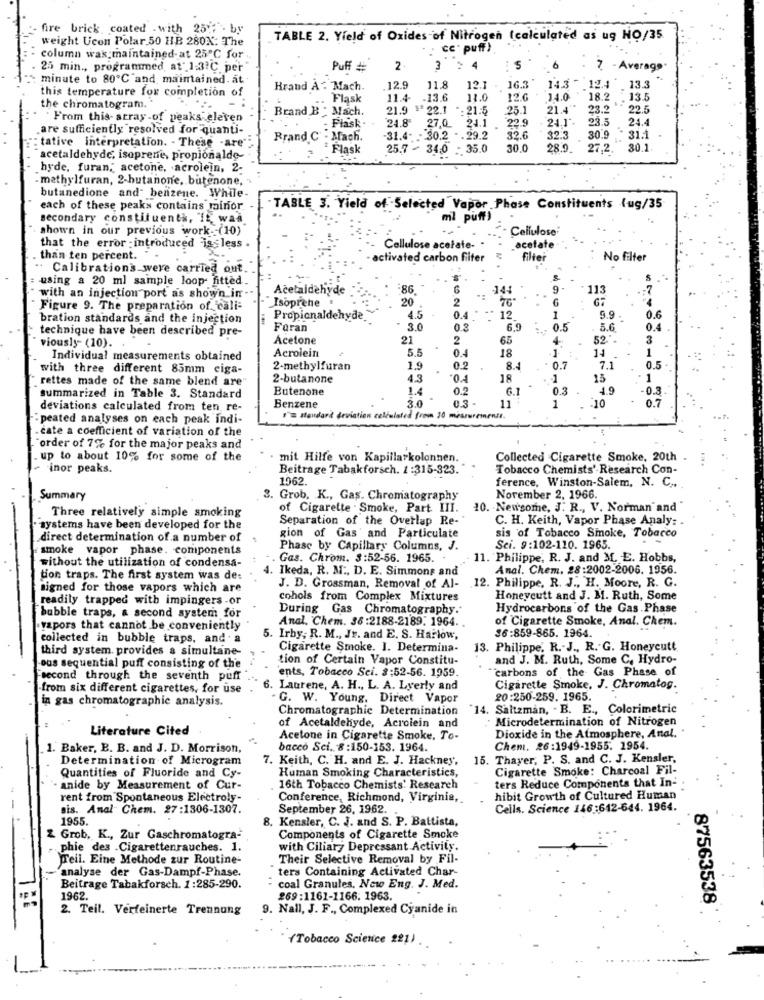
fire brick, coated . with 2517 - by
weight Ucon Polar 50 HB 280X: The
TABLE 2. Yield of Oxides of Nitrogen (calculated as ug NO/35
cc . puff}
column was maintained-at 25℃ for
25 min ., programmed, at' 13?C per
Puff #
2.
3
6
- Average
minute to 80℃ and maintained. at
14.3 -
this temperature for completion of
Brand A : Mach.
12.9
11.8
12.1
16.3
12.4
13.3
. Flask
11.4
-13.6
11.0
12.0
14.0
18.2
13.5
the chromatogram.
Brand B - Mach.
21.9
21.9 ** 22.1
22.1
*- 21:5
25.1
21.4"*
23.2
22.5
From this- array of peaks eleven
- Flask .
$24.8
24.1
22.9
24.1".
23.5
24.4
are sufficiently resolved for quanti-
27,0
Brand C - Mach.
31.4.
30.2 .25
32
32:3
32.3 30.9
30.9
31.1
: tative interpretation. - These -are"
Flask
25.7 ~ 34:0 - 35.0
30.0
28.9.
27.2.
30.1.
acetaldehyde, isoprene, propionalde-
hyde, furan, acetone, acrolejn, 2-
- methylfuran, 2-butanone, butenone,
butanedione and benzene. While-
each of these peaks contains minor.
TABLE 3. Yield of Selected Vapor Phase Constituents {ug/35
secondary constituenth, IE was
ml puff)
shown in our previous work -- (10)
Cellulose
that the error -introduced is less .
Cellulose acetate-
„acetate
. than ten percent. "
activated carbon filter
filter
No filter
Calibration's were carried out.
using a 20 ml sample loop- fitted
with an injection port as shown in
Acetaldehyde
86
14:
9 .
113
Isoprene
20
2
.:
G
Figure 9. The preparation of "cali-
bration standards and the injection
Propionaldehyde
4.5
0.4 * ** 12
0.4
12
1
9.9 .
0.6
technique have been described pre-
Foran
3.0
0.3
6.9
0.5
5.6
0.4
Acetone
21
2
65
4
52".
3
viously- (10).
Acrolein
5.5
18
1
14
1
Individual measurements obtained
0.4
with three different 85mm ciga-
2-methylfuran
1.9
0.2
8 .-
0.7
7.1
0.5
rettes made of the same blend are"
2-butanone
4.3
0.4
18
1
15
1
Butenone
1.4
0.2
6.1
0.3
4.9
-0.3
summarized in Table 3. Standard
3.0
0.3
10
0.7
deviations calculated from ten re-
Benzene
11
1
peated analyses on each peak indi-
deviation calculated frown 30 measuremenil.
cate a coefficient of variation of the
"order of 7% for the major peaks and
up to about 10% for some of the
mit Hilfe von Kapillarkolonnen.
Collected Cigarette Smoke, 20th .
- inor peaks.
Beitrage Tabakforsch. 1 :315-323.
Tobacco Chemists'-Research Con-
1962.
ference, Winston-Salem, N. C .,
Summary
3. Grob, K ., Gas. Chromatography
November 2, 1966.
Three relatively simple smoking
of Cigarette . Smoke, Part III.
10. Newsome, J. R ., V. Norman and
Separation of the Overlap Re-
C. H. Keith, Vapor Phase Analy: .
systems have been developed for the
direct determination of a number of
gion of Gas' and Particulate
sis of Tobacco Smoke, Tobacco
smoke vapor phase. components
Phase by Capillary Columns, J.
Sci. 9:102-110. 1965.
without the utilization of condensa-
Gas. Chrom. 3:52-56. 1965.
11. Philippe, R. J. and M. E. Hobbs,
Ikeda, R. M ., D. E. Simmons and
Anal. Chem. 28:2002-2006. 1956.
tion traps. The first system was de:
signed for those vapors which are
J. D. Grossman, Removal of Al-
12. Philippe, R. J ., H. Moore, R. G.
readily trapped with impingers -or
cohols from Complex Mixtures
Honeycutt and J. M. Ruth, Some
During Gas Chromatography.
Hydrocarbons of the Gas Phase
bubble traps, a second system for
Anal. Chem. 38:2188-2189. 1964.
of Cigarette Smoke, Anal. Chem.
yapors that cannot be conveniently
36:859-865. 1964.
collected in bubble traps, and a
5. Irby; R. M ., Jr. and E. S. Harlow,
third system. provides a simultane-
Cigarette Smoke. I. Determina-
13. Philippe, R .- J ., R. G. Honeycutt
tion of Certain Vapor Constitu-
and J. M. Ruth, Some C, Hydro-
ous sequential puff consisting of the
ents, Tobacco Sci. 3:52-56. 1959.
carbons of the Gas Phase of
second through the seventh puff
-from six different cigarettes, for use
6. Laurene, A. H ., L. A. Lyerly and
Cigarette Smoke, J. Chromatog.
in gas chromatographic analysis.
G. W. Young, Direct Vapor
20:250-259. 1965.
Chromatographie Determination
14. Saltzman, . B. E ., Colorimetric
Microdetermination of Nitrogen
Literature Cited
of Acetaldehyde, Acroiein and
Acetone in Cigarette Smoke. To-
Dioxide in the Atmosphere, Anal.'
1. Baker, B. B. and J. D. Morrison,
bacco Sci. 8:150-153. 1964.
Chem. 26:1949-1955. 1954.
Determination of Microgram
7. Keith, C. H. and E. J. Hackney, 15. Thayer, P. S. and C. J. Kensler,
Cigarette Smoke: Charcoal Fil-
Quantities of Fluoride and Cy-
Human Smoking Characteristics,
ters Reduce Components that In-
- anide by Measurement of Cur-
16th Tobacco Chemists' Research
rent from Spontaneous Electroly-
Conference, Richmond, Virginia,
hibit Growth of Cultured Human
Bis. Anal Chem. 27:1306-1307.
September 26, 1962.
Cells. Science 146:642-644. 1964.
1955.
8. Kensler, C. J. and S. P. Battista,
2 Grob, K ., Zur Gaschromatogra-
Components of Cigarette Smoke
phie des .Cigarettenrauches. 1.
with Ciliary Depressant Activity.
JTeil. Eine Methode zur Routine-
Their Selective Removal by Fil-
analyse der Gas-Dampf-Phase
tera Containing Activated Char-
Beitrage Tabakforsch. 1:285-290.
coal Granules, Now Eng. J. Med.
1962.
269:1161-1166. 1963.
87563538
2. Teil. Verfeinerte Trennung
9. Nall, J. F ., Complexed Cyanide in
(Tobacco Science 221)